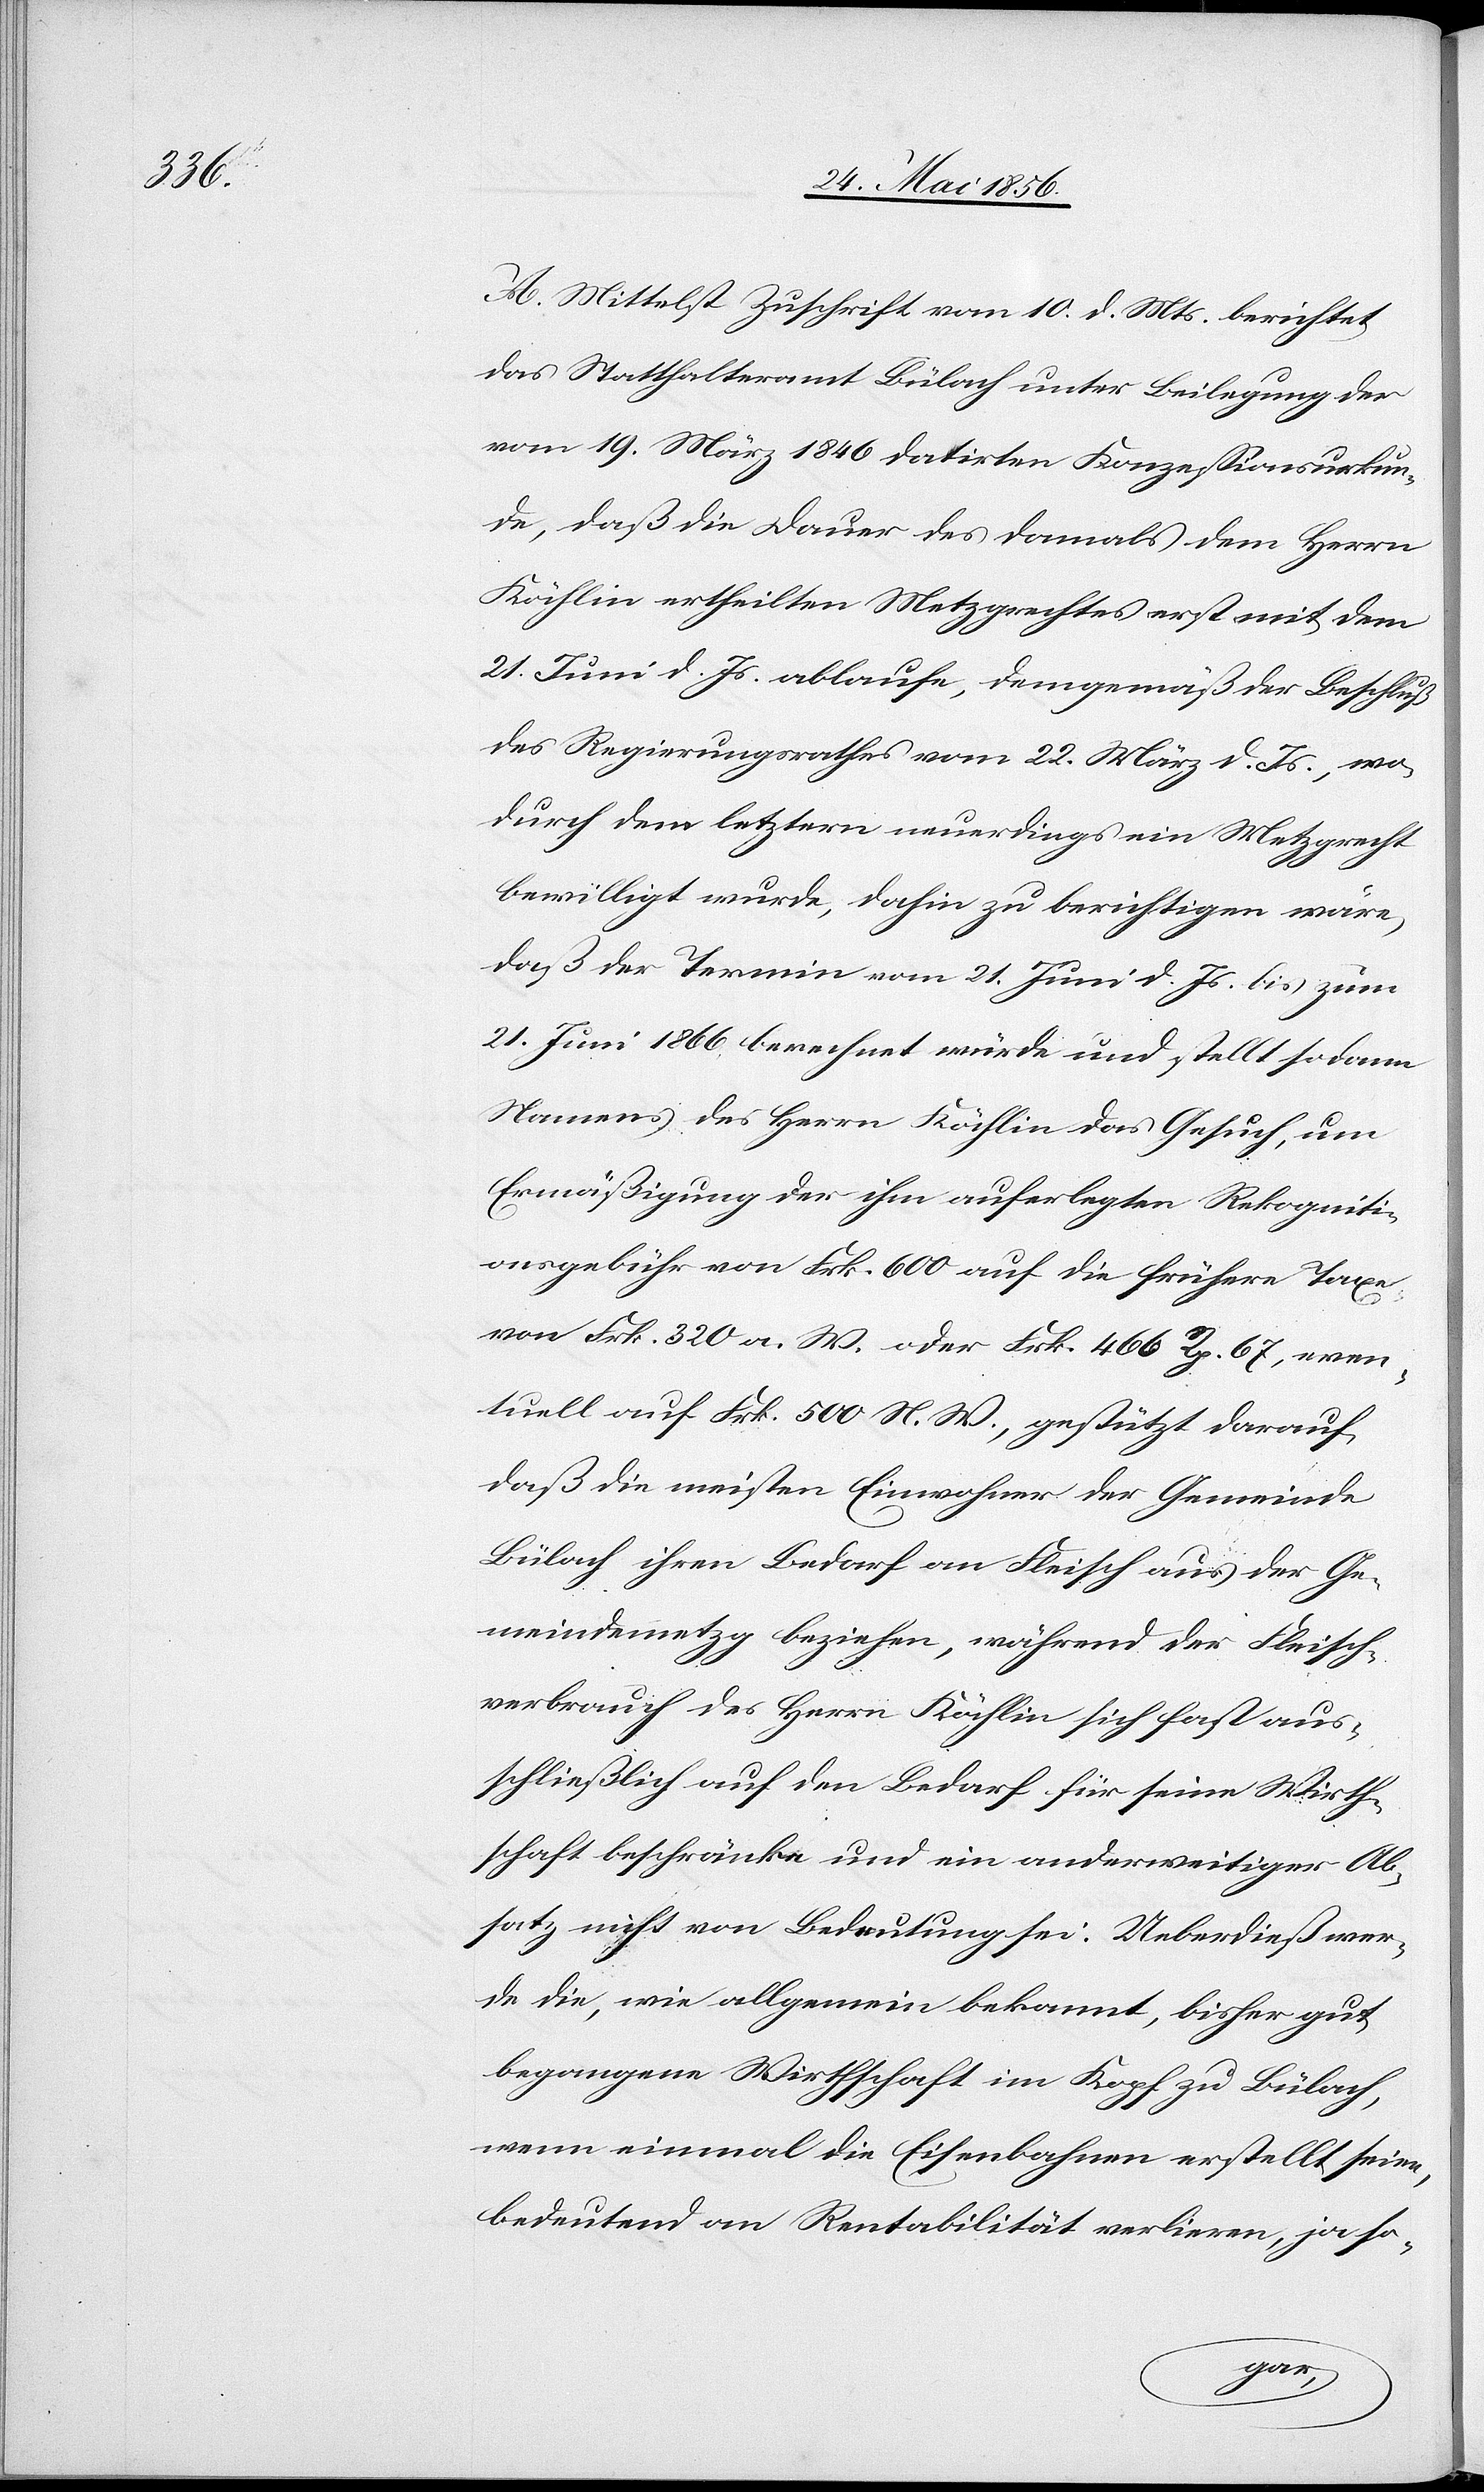
A. Mittelst Zuschrift vom 10. d. Mts. berichtet
das Statthalteramt Bülach unter Beilegung der
vom 19. März 1846 datirten Konzessionsurkun¬
de, daß die Dauer des damals dem Herrn
Köchlin ertheilten Metzgrechtes erst mit dem
21. Juni d. Js. ablaufe, demgemäß der Beschluß
des Regierungsrathes vom 22. März d. Js., wo¬
durch dem letztern neuerdings ein Metzgrecht
bewilligt wurde, dahin zu berichtigen wäre,
daß der Termin vom 21. Juni d. Js. bis zum
21. Juni 1866 berechnet würde und stellt sodann
Namens des Herrn Köchlin das Gesuch, um
Ermäßigung der ihm auferlegten Rekogniti¬
onsgebühr von Frk. 600 auf die frühere Taxe
von Frk. 320 a. W. oder Frk. 466 Rp. 67, even¬
tuell auf Frk. 500 N. W., gestützt darauf,
daß die meisten Einwohner der Gemeinde
Bülach ihren Bedarf an Fleisch aus der Ge¬
meindemetzg beziehen, während der Fleisch¬
verbrauch des Herrn Köchlin sich fast aus¬
schließlich auf den Bedarf für seine Wirth¬
schaft beschränke und ein anderweitiger Ab¬
satz nicht von Bedeutung sei. Ueberdieß wer¬
de die, wie allgemein bekannt, bisher gut
begangene Wirthschaft im Kopf zu Bülach,
wenn einmal die Eisenbahnen erstellt seien,
bedeutend an Rentabilität verlieren, ja so-